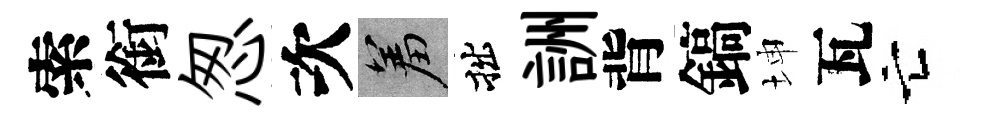
索銜怱次羞拙詶背鎬坤瓦亡